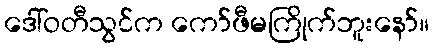
ဒေါ်ဝတီသွင်က ကော်ဖီမကြိုက်ဘူးနော်။